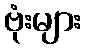
ဗုံးများ